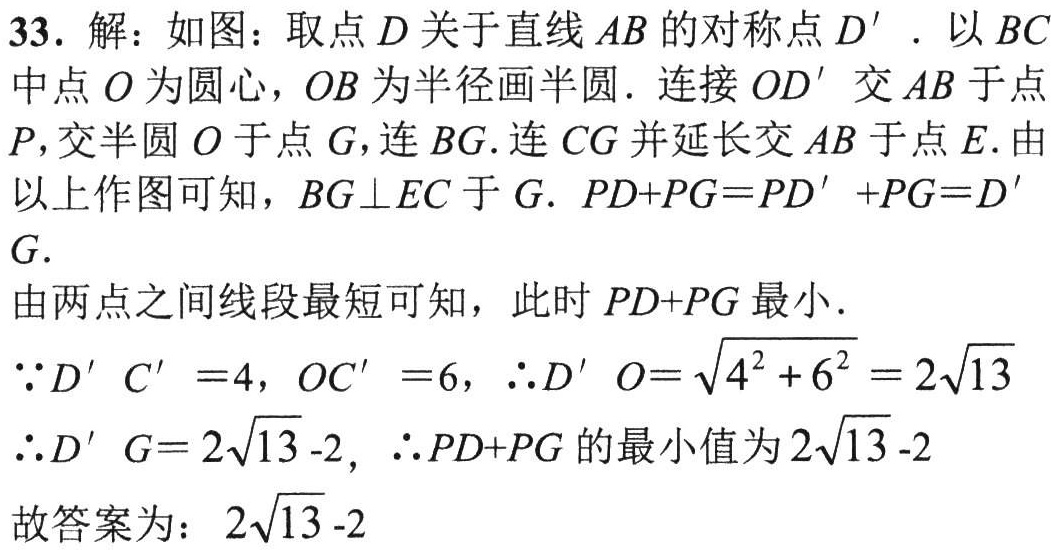
33. 解：如图：取点\(D\)关于直线\(AB\)的对称点\(D'\). 以\(BC\)中点\(O\)为圆心，\(OB\)为半径画半圆. 连接\(OD'\)交\(AB\)于点\(P\)，交半圆\(O\)于点\(G\)，连\(BG\). 连\(CG\)并延长交\(AB\)于点\(E\). 由以上作图可知，\(BG\perp EC\)于\(G\). \(PD + PG=PD'+PG = D'G\).
由两点之间线段最短可知，此时\(PD + PG\)最小.
\(\because D'C' = 4\)，\(OC' = 6\)，\(\therefore D'O=\sqrt{4^{2}+6^{2}} = 2\sqrt{13}\)
\(\therefore D'G = 2\sqrt{13}-2\)，\(\therefore PD + PG\)的最小值为\(2\sqrt{13}-2\)
故答案为：\(2\sqrt{13}-2\)